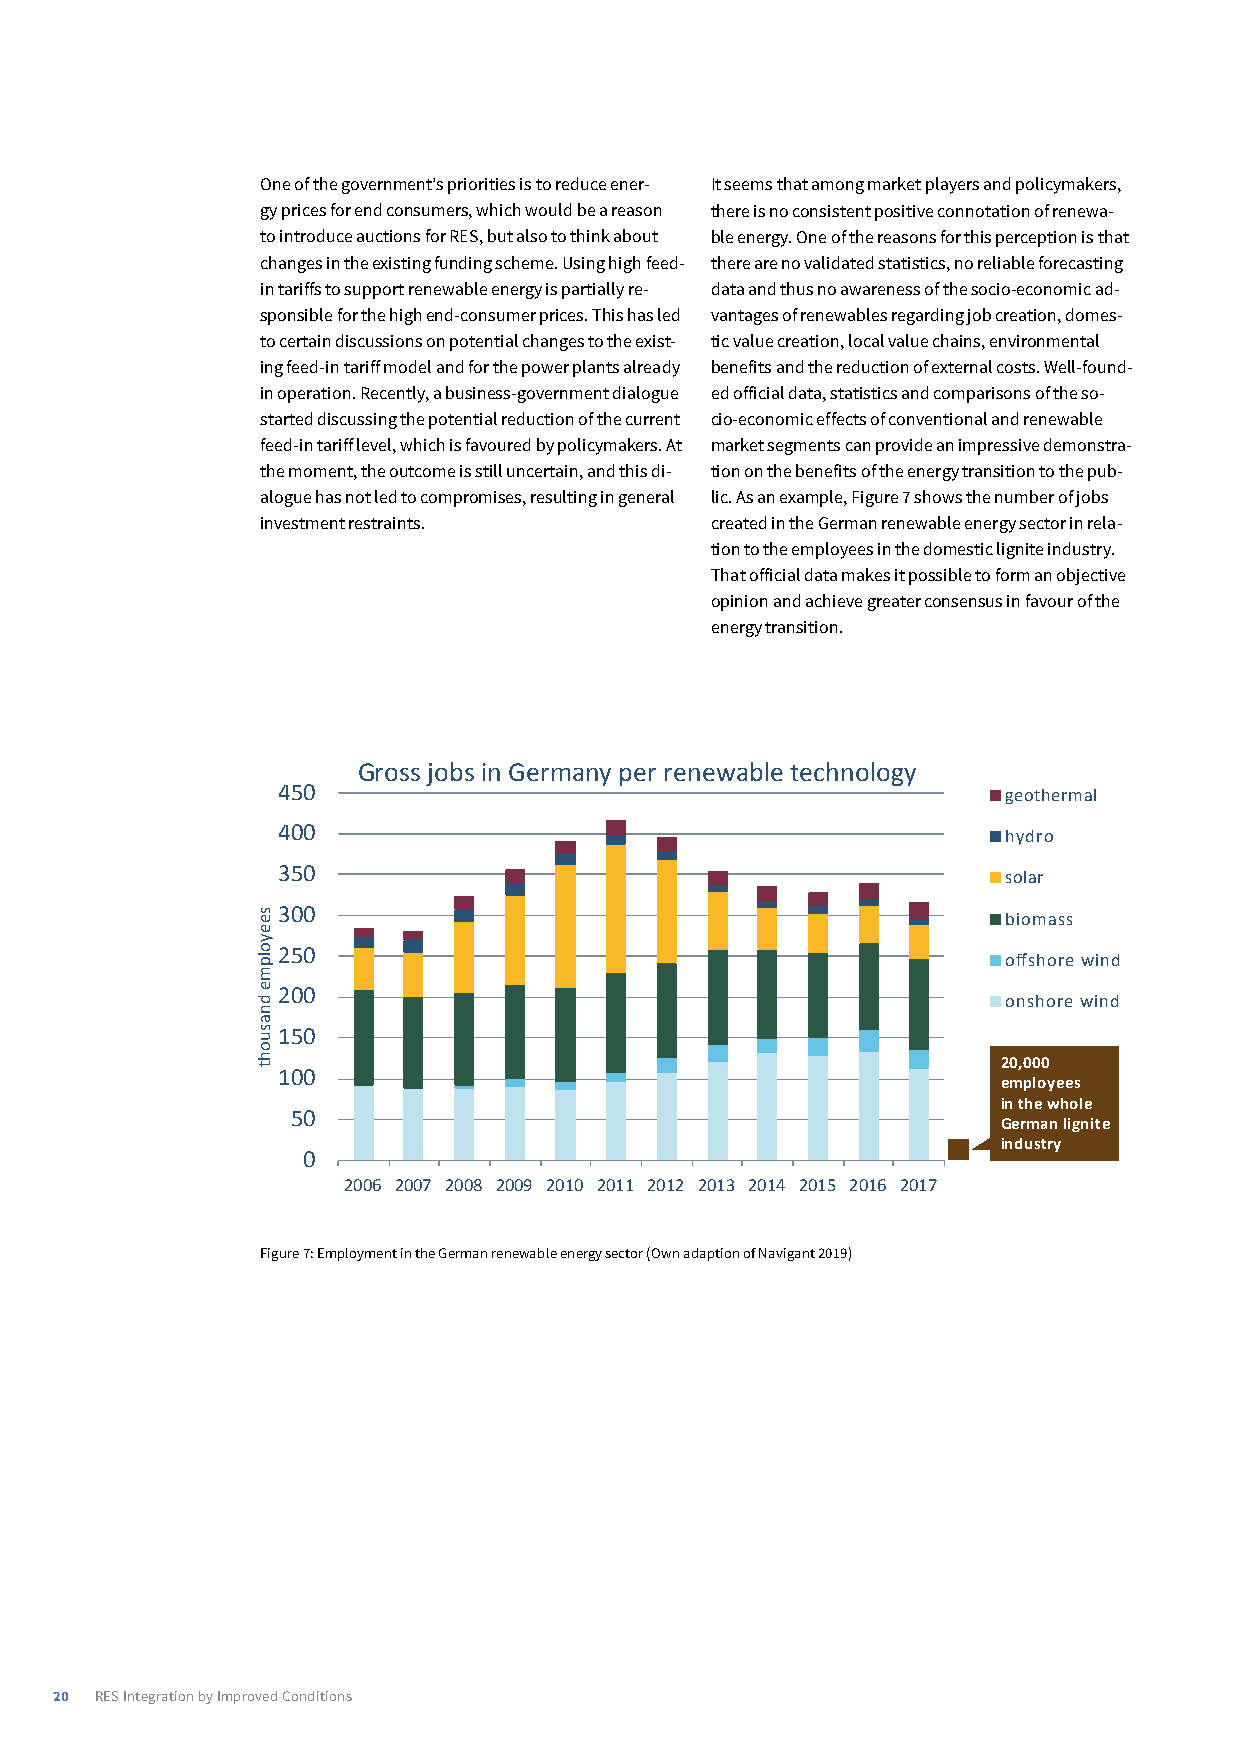
One of the government’s priorities is to reduce ener- It seems that among market players and policymakers,
 gy prices for end consumers, which would be a reason there is no consistent positive connotation of renewa-
 to introduce auctions for RES, but also to think about ble energy. One of the reasons for this perception is that
 changes in the existing funding scheme. Using high feed- there are no validated statistics, no reliable forecasting
 in tariffs to support renewable energy is partially re- data and thus no awareness of the socio-economic ad-
 sponsible for the high end-consumer prices. This has led vantages of renewables regarding job creation, domes-
 to certain discussions on potential changes to the exist- tic value creation, local value chains, environmental
 ing feed-in tariff model and for the power plants already benefits and the reduction of external costs. Well-found-
 in operation. Recently, a business-government dialogue ed official data, statistics and comparisons of the so-
 started discussing the potential reduction of the current cio-economic effects of conventional and renewable
 feed-in tariff level, which is favoured by policymakers. At market segments can provide an impressive demonstra-
 the moment, the outcome is still uncertain, and this di- tion on the benefits of the energy transition to the pub-
 alogue has not led to compromises, resulting in general lic. As an example, Figure 7 shows the number of jobs
 investment restraints.        created in the German renewable energy sector in rela-
 tion to the employees in the domestic lignite industry.
 That official data makes it possible to form an objective
 opinion and achieve greater consensus in favour of the
 energy transition.
 The  renewables   sector  is having positive  employment    effects in
 Gross jobs in Germany per renewable technology
 Germany
 450                                              geothermal
 400                                              hydro
 350                                              solar
 300                                              biomass
 250
 offshore wind
 200
 onshore wind
 150
 20,000
 100
 employees
 in the whole
 50
 German lignite
 industry
 0
 2006 2007 2008 2009 2010 2011 2012 2013 2014 2015 2016 2017
 Figure 7: Employment in the German renewable energy sector (Own adaption of Navigant 2019)
 20 RES Integration by Improved Conditions
 seeyolpme
 dnasuoht